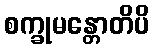
စက္ခုမန္တောတိပိ